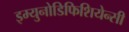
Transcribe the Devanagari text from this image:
इम्युनोडिफिशियेन्सी